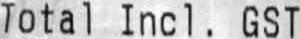
TOTAL INCL. GST